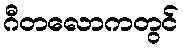
ဂီတလောကတွင်